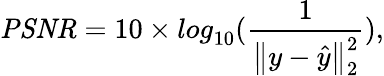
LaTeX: \mathit{PSNR}=10\times{log}_{10}{(\frac{1}{\left\lVert y-\hat{y}\right\rVert_{2}^{2}})},